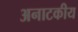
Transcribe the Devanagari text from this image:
अनाटकीय